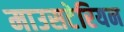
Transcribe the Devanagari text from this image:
माउसटेरियन